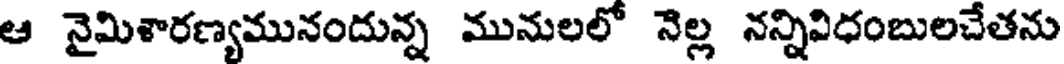
ఆ నైమిశారణ్యమునందున్న మునులలో నెల్ల నన్నివిధంబులచేతను